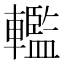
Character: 轞